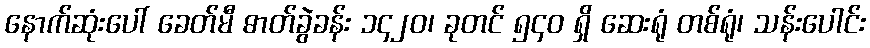
နောက်ဆုံးပေါ် ခေတ်မီ ဓာတ်ခွဲခန်း ၁၄၂၀၊ ခုတင် ၅၄၀ ရှိ ဆေးရုံ တစ်ရုံ၊ သန်းပေါင်း